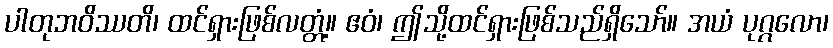
ပါတုဘဝိဿတိ၊ ထင်ရှားဖြစ်လတ္တံ့။ ဧဝံ၊ ဤသို့ထင်ရှားဖြစ်သည်ရှိသော်။ အယံ ပုဂ္ဂလော၊